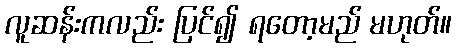
လူဆန်းကလည်း ပြင်၍ ရတော့မည် မဟုတ်။